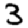
Digit: 3